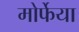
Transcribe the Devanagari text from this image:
मोर्फेया